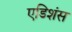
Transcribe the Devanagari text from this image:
एडिशंस